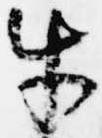
牛